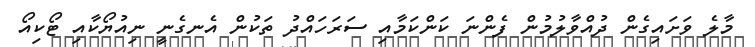
މާލެ ވަށައިގެން ދުއްވާލުމުން ފެންނަ ކަންކަމާއި ސަރަހައްދު ތަކުން އެނގެނީ ނިއުޔޯކާއި ޓޯކިއޯ